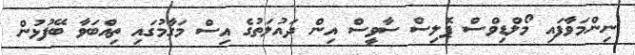
ނިންމަވާފައި މޯލްޑިވްސް ޕޮލިސް ސާވީސް އިން ދައުލަތުގެ އިސް މަގާމުގައި ތިއްބަވާ ބޭފުޅުން